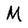
Character: M